Medical and sanitary report of the native army of Bengal for the year
Year: 1876
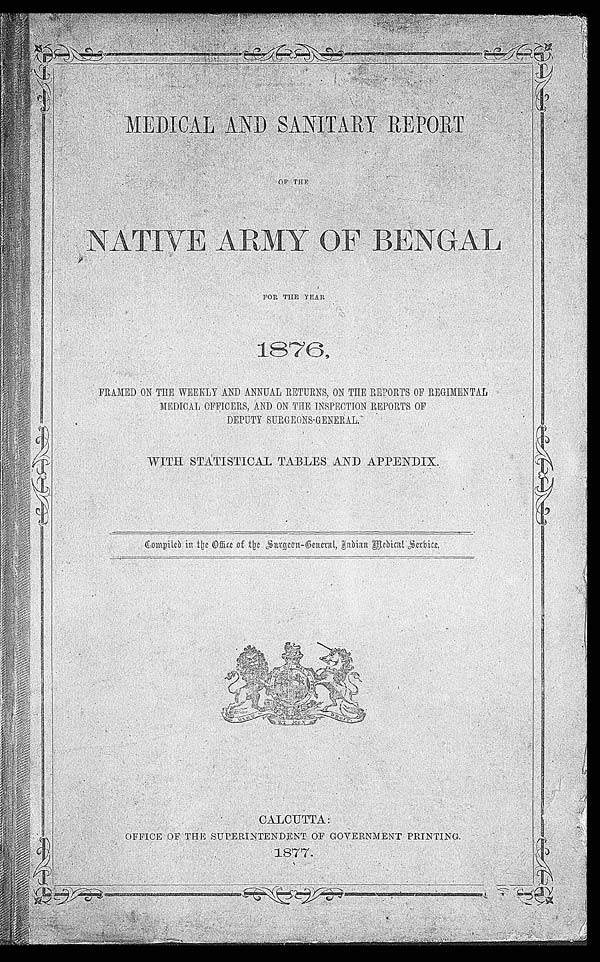
MEDI CAL AND SANI TARY REPORT
OF THE
N A T I V E A R M Y O F B E N G A L
FOR THE YEAR
1876.
FRAMED ON THE WEEKLY AND ANNUAL RETURNS, ON THE REPORTS OF REGIMENTAL
MEDICAL OFFICERS, AND ON THE INSPECTION REPORTS OF
DEPUTY SURGEONS-GENERAL.
WITH STATISTICAL TABLES AND APPENDIX.
Compiled in the Office of the Surgeon-General, India Medical Service.
CALCUTTA:
OFFICE OF THE SUPERINTENDENT OF GOVERNMENT PRINTING.
1877.